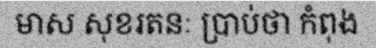
មាស សុខរតនៈ ប្រាប់ថា កំពុង